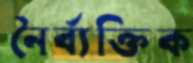
নৈর্ব্যক্তিক